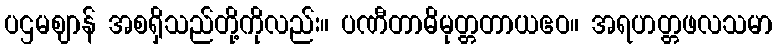
ပဌမဈာန် အစရှိသည်တို့ကိုလည်း။ ပဏီတာဓိမုတ္တတာယဧဝ။ အရဟတ္တဖလသမာ